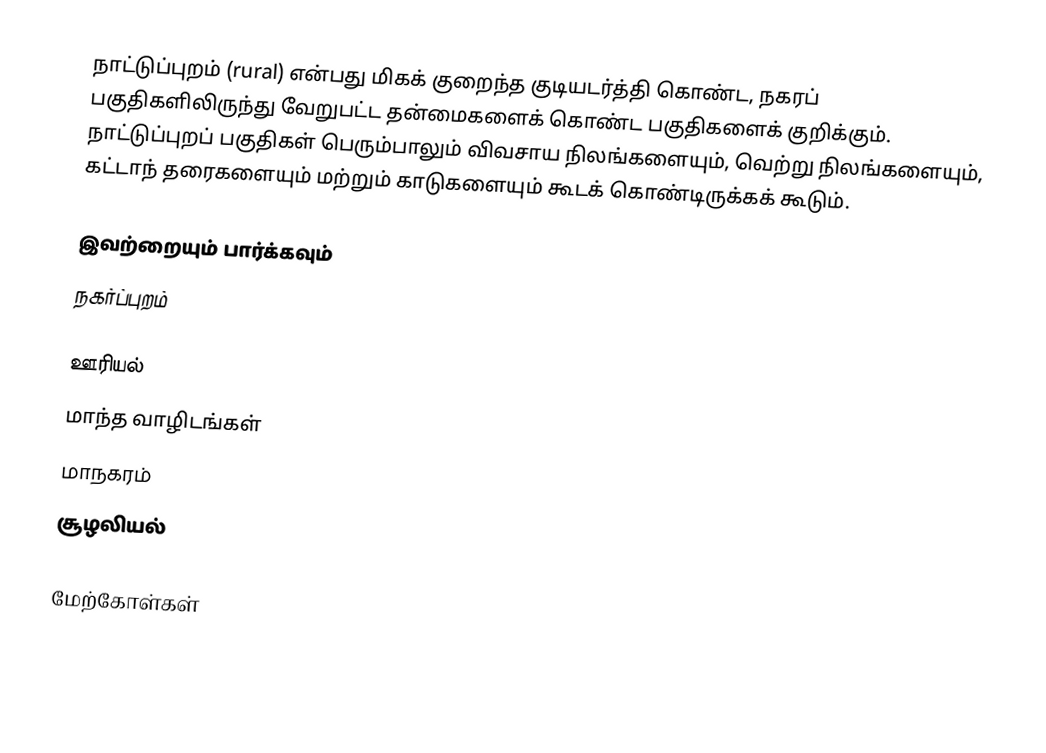
நாட்டுப்புறம் (rural) என்பது மிகக் குறைந்த குடியடர்த்தி கொண்ட, நகரப் பகுதிகளிலிருந்து வேறுபட்ட தன்மைகளைக் கொண்ட பகுதிகளைக் குறிக்கும். நாட்டுப்புறப் பகுதிகள் பெரும்பாலும் விவசாய நிலங்களையும், வெற்று நிலங்களையும், கட்டாந் தரைகளையும் மற்றும் காடுகளையும் கூடக் கொண்டிருக்கக் கூடும்.

இவற்றையும் பார்க்கவும்
 நகர்ப்புறம்

ஊரியல்
மாந்த வாழிடங்கள்
மாநகரம்
சூழலியல்

மேற்கோள்கள்